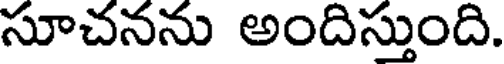
సూచనను అందిస్తుంది.